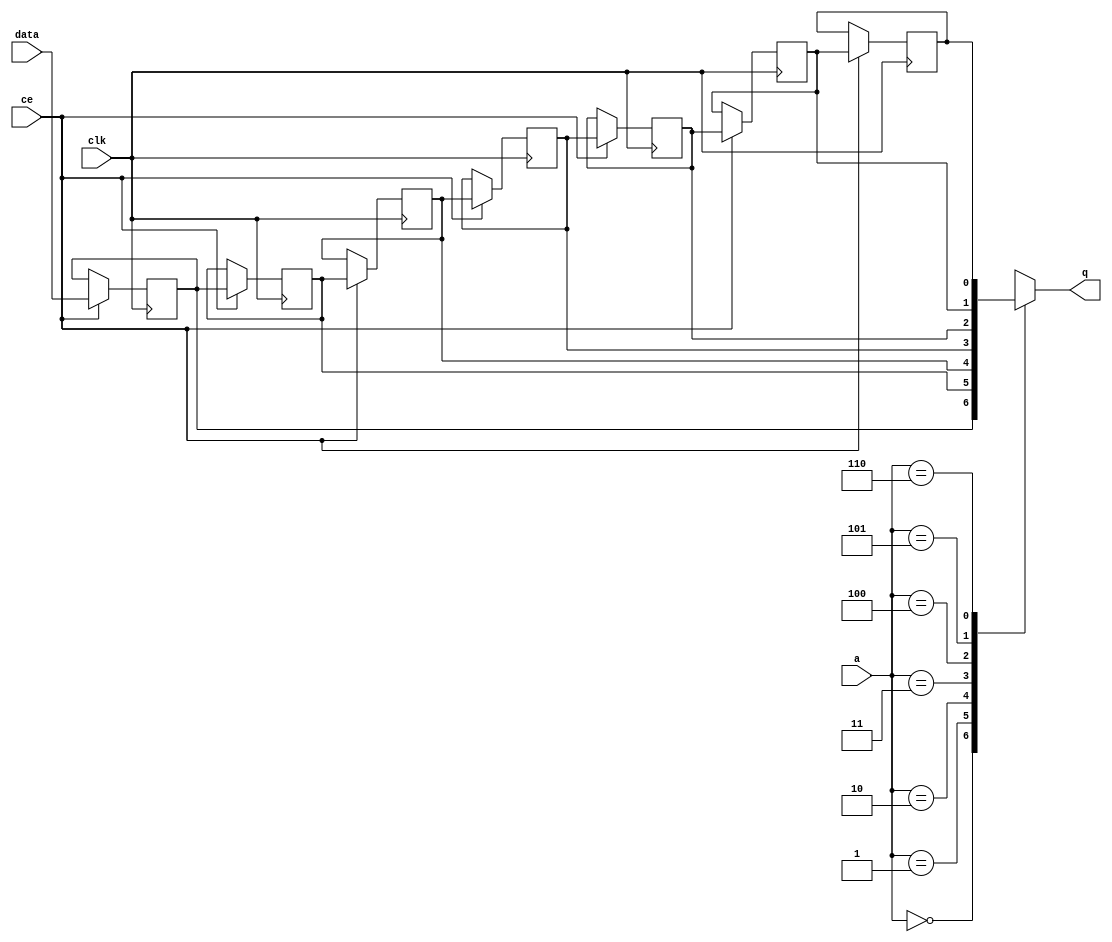
// ==============================================================
// File generated by Vivado(TM) HLS - High-Level Synthesis from C, C++ and SystemC
// Version: 2018.2
// Copyright (C) 1986-2018 Xilinx, Inc. All Rights Reserved.
// 
// ==============================================================


`timescale 1 ns / 1 ps

module start_for_find_bofYi_shiftReg (
    clk,
    data,
    ce,
    a,
    q);

parameter DATA_WIDTH = 32'd1;
parameter ADDR_WIDTH = 32'd3;
parameter DEPTH = 4'd7;

input clk;
input [DATA_WIDTH-1:0] data;
input ce;
input [ADDR_WIDTH-1:0] a;
output [DATA_WIDTH-1:0] q;

reg[DATA_WIDTH-1:0] SRL_SIG [0:DEPTH-1];
integer i;

always @ (posedge clk)
    begin
        if (ce)
        begin
            for (i=0;i<DEPTH-1;i=i+1)
                SRL_SIG[i+1] <= SRL_SIG[i];
            SRL_SIG[0] <= data;
        end
    end

assign q = SRL_SIG[a];

endmodule

module start_for_find_bofYi (
    clk,
    reset,
    if_empty_n,
    if_read_ce,
    if_read,
    if_dout,
    if_full_n,
    if_write_ce,
    if_write,
    if_din);

parameter MEM_STYLE   = "shiftreg";
parameter DATA_WIDTH  = 32'd1;
parameter ADDR_WIDTH  = 32'd3;
parameter DEPTH       = 4'd7;

input clk;
input reset;
output if_empty_n;
input if_read_ce;
input if_read;
output[DATA_WIDTH - 1:0] if_dout;
output if_full_n;
input if_write_ce;
input if_write;
input[DATA_WIDTH - 1:0] if_din;

wire[ADDR_WIDTH - 1:0] shiftReg_addr ;
wire[DATA_WIDTH - 1:0] shiftReg_data, shiftReg_q;
wire                     shiftReg_ce;
reg[ADDR_WIDTH:0] mOutPtr = ~{(ADDR_WIDTH+1){1'b0}};
reg internal_empty_n = 0, internal_full_n = 1;

assign if_empty_n = internal_empty_n;
assign if_full_n = internal_full_n;
assign shiftReg_data = if_din;
assign if_dout = shiftReg_q;

always @ (posedge clk) begin
    if (reset == 1'b1)
    begin
        mOutPtr <= ~{ADDR_WIDTH+1{1'b0}};
        internal_empty_n <= 1'b0;
        internal_full_n <= 1'b1;
    end
    else begin
        if (((if_read & if_read_ce) == 1 & internal_empty_n == 1) && 
            ((if_write & if_write_ce) == 0 | internal_full_n == 0))
        begin
            mOutPtr <= mOutPtr - 4'd1;
            if (mOutPtr == 4'd0)
                internal_empty_n <= 1'b0;
            internal_full_n <= 1'b1;
        end 
        else if (((if_read & if_read_ce) == 0 | internal_empty_n == 0) && 
            ((if_write & if_write_ce) == 1 & internal_full_n == 1))
        begin
            mOutPtr <= mOutPtr + 4'd1;
            internal_empty_n <= 1'b1;
            if (mOutPtr == DEPTH - 4'd2)
                internal_full_n <= 1'b0;
        end 
    end
end

assign shiftReg_addr = mOutPtr[ADDR_WIDTH] == 1'b0 ? mOutPtr[ADDR_WIDTH-1:0]:{ADDR_WIDTH{1'b0}};
assign shiftReg_ce = (if_write & if_write_ce) & internal_full_n;

start_for_find_bofYi_shiftReg 
#(
    .DATA_WIDTH(DATA_WIDTH),
    .ADDR_WIDTH(ADDR_WIDTH),
    .DEPTH(DEPTH))
U_start_for_find_bofYi_ram (
    .clk(clk),
    .data(shiftReg_data),
    .ce(shiftReg_ce),
    .a(shiftReg_addr),
    .q(shiftReg_q));

endmodule